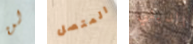
لن المتصل الديني